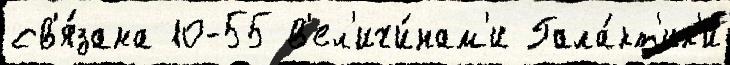
св'я́зана 10-55 в'ел'ичи́нам'и Гала́кт'ик'и